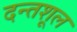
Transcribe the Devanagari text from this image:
दन्तशूल